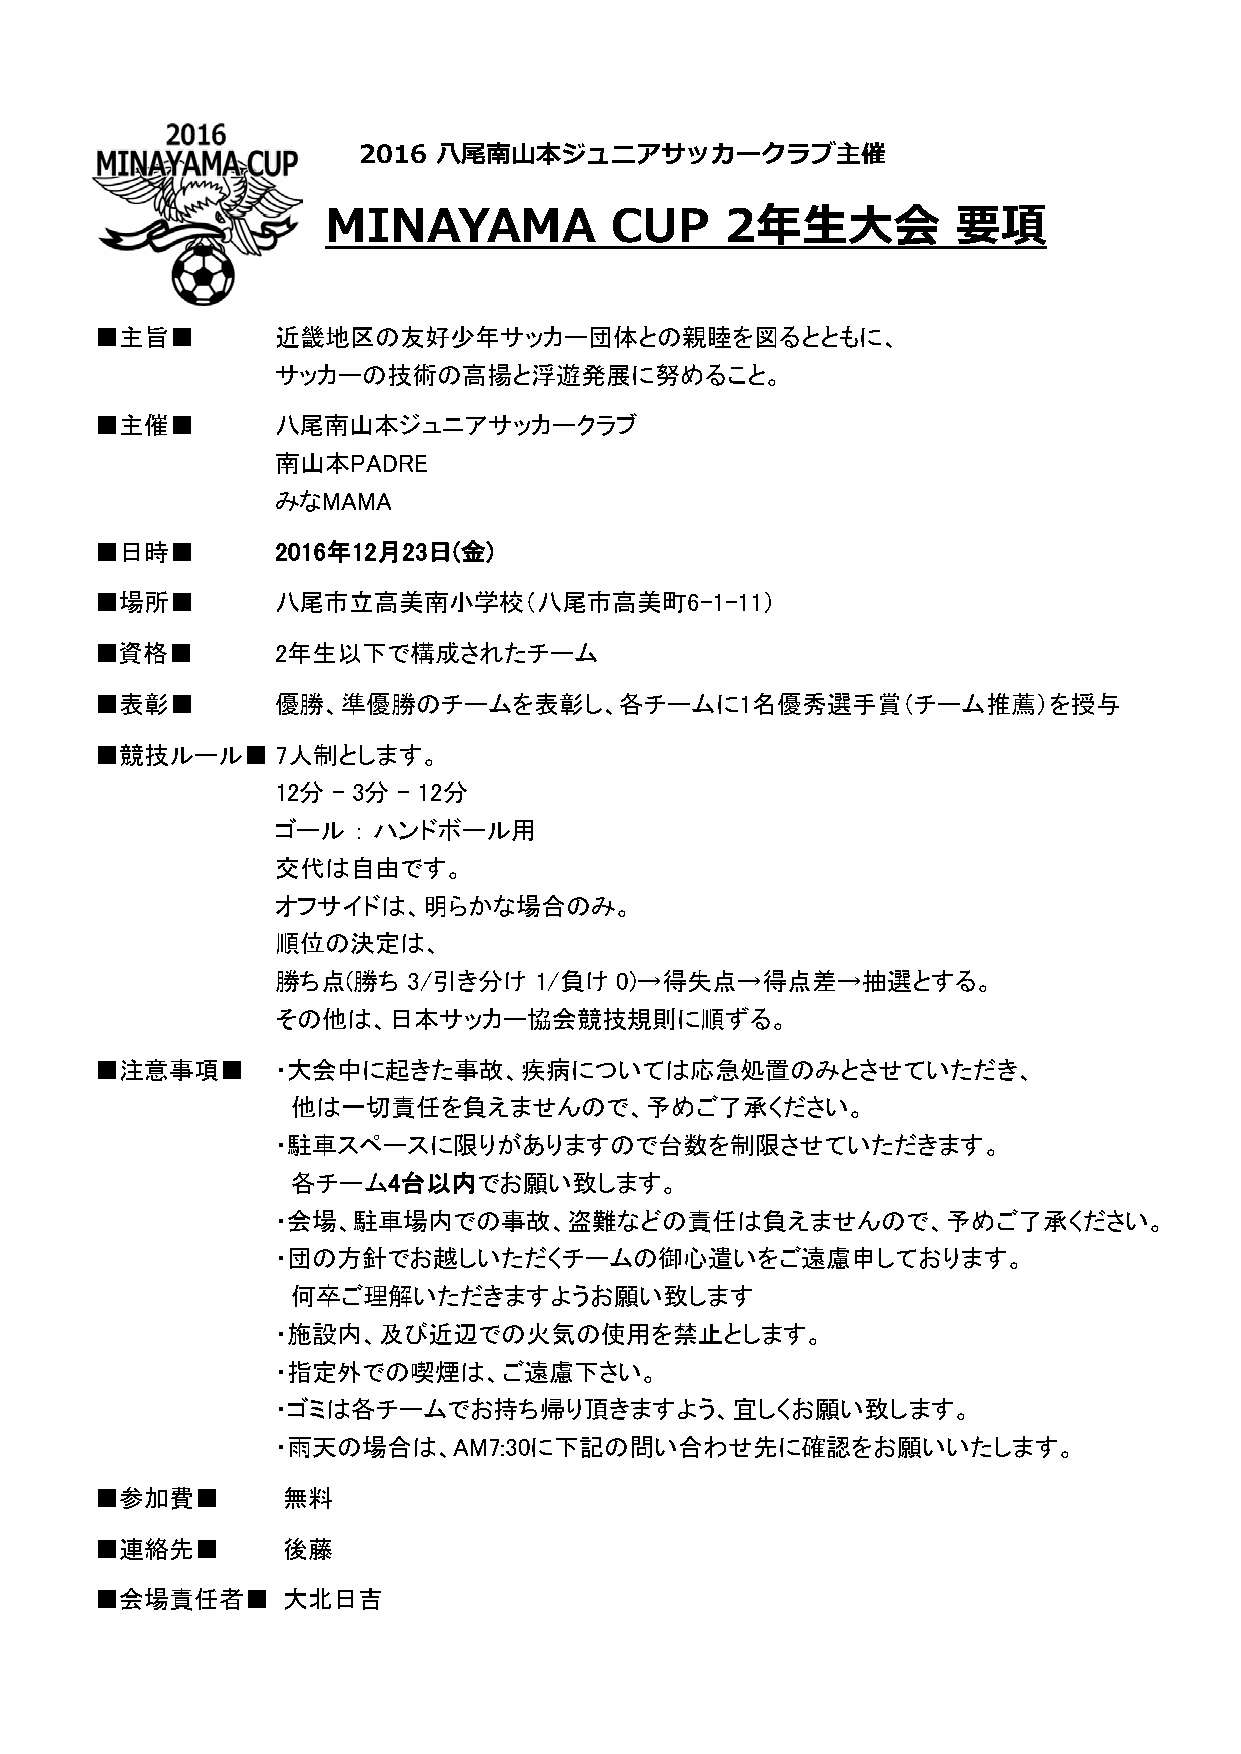
2016 八尾南山本ジュニアサッカークラブ主催
 MINAYAMA           CUP    2年生大会           要項
 ■主旨■        近畿地区の友好少年サッカー団体との親睦を図るとともに、
 サッカーの技術の高揚と浮遊発展に努めること。
 ■主催■        八尾南山本ジュニアサッカークラブ
 南山本PADRE
 みなMAMA
 ■日時■        2016年12月23日(金)
 ■場所■        八尾市立高美南小学校（八尾市高美町6-1-11）
 ■資格■        2年生以下で構成されたチーム
 ■表彰■        優勝、準優勝のチームを表彰し、各チームに1名優秀選手賞（チーム推薦）を授与
 ■競技ルール■     7人制とします。
 12分 - 3分 - 12分
 ゴール  ： ハンドボール用
 交代は自由です。
 オフサイドは、明らかな場合のみ。
 順位の決定は、
 勝ち点(勝ち  3/引き分け   1/負け 0)→得失点→得点差→抽選とする。
 その他は、日本サッカー協会競技規則に順ずる。
 ■注意事項■      ・大会中に起きた事故、疾病については応急処置のみとさせていただき、
 他は一切責任を負えませんので、予めご了承ください。
 ・駐車スペースに限りがありますので台数を制限させていただきます。
 各チーム4台以内でお願い致します。
 ・会場、駐車場内での事故、盗難などの責任は負えませんので、予めご了承ください。
 ・団の方針でお越しいただくチームの御心遣いをご遠慮申しております。
 何卒ご理解いただきますようお願い致します
 ・施設内、及び近辺での火気の使用を禁止とします。
 ・指定外での喫煙は、ご遠慮下さい。
 ・ゴミは各チームでお持ち帰り頂きますよう、宜しくお願い致します。
 ・雨天の場合は、AM7:30に下記の問い合わせ先に確認をお願いいたします。
 ■参加費■       無料
 ■連絡先■       後藤
 ■会場責任者■     大北日吉